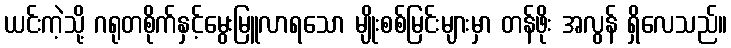
ယင်းကဲ့သို့ ဂရုတစိုက်နှင့်မွေးမြူလာရသော မျိုးစစ်မြင်းများမှာ တန်ဖိုး အလွန် ရှိလေသည်။